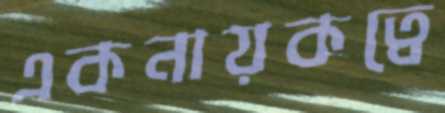
একনায়কত্বে